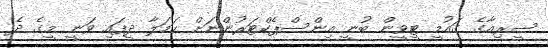
ސީރިއާގެ ގައުމީ ޓީވީން ބުނީ އިންސްޕެކްޓަރުންނަށް ހަމަލާ ދީފައި ވަނީ މީގެ ދެ